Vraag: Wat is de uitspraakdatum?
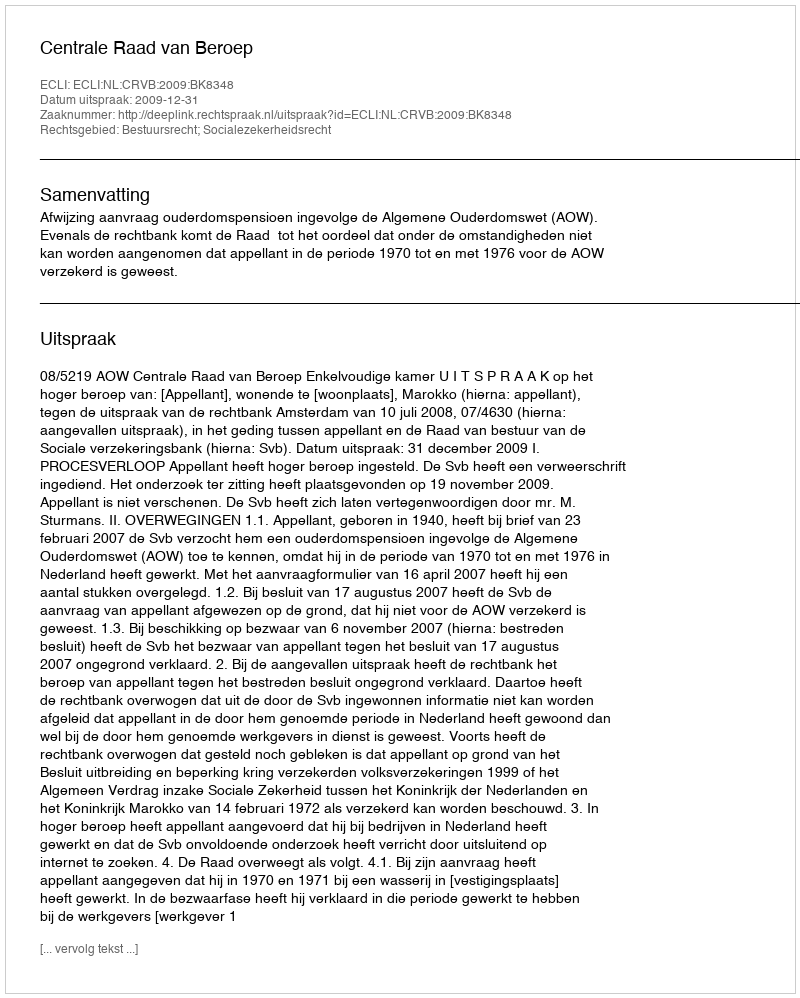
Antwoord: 2009-12-31